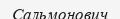
Сальмонович